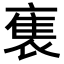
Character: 𬡡